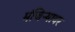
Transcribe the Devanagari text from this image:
मंजिऱ्यावर